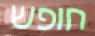
חופש